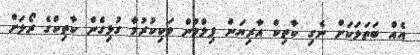
އެއް ބަތަލަކަށް ނެގި ކާތިކް އާރިޔަން ފިލްމުން ވަކިކުރުމާ ގުޅިގެން ކާތިކްގެ ރޯލަށް